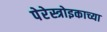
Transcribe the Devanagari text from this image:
पेरेस्त्रोइकाच्या